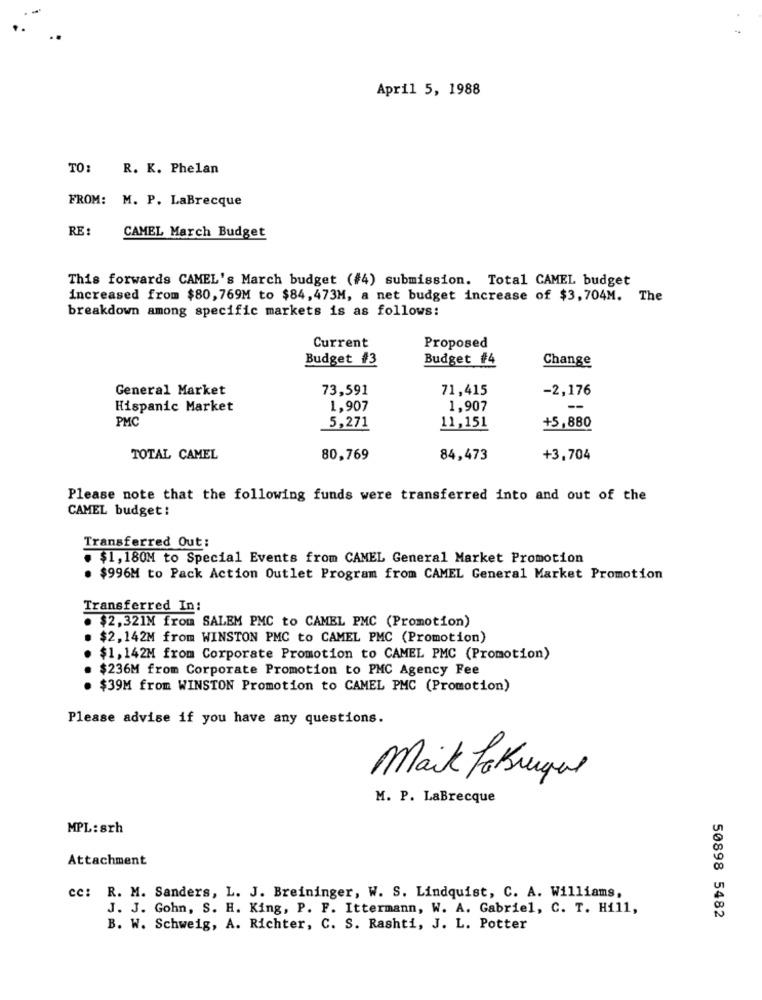
April 5, 1988
TO:
R. K. Phelan
FROM: M. P. LaBrecque
RE :
CAMEL March Budget
This forwards CAMEL's March budget (#4) submission. Total CAMEL budget
increased from $80,769M to $84, 473M, a net budget increase of $3,704M. The
breakdown among specific markets is as follows:
Current
Proposed
Budget #3
Budget #4
Change
General Market
73,591
71,415
-2,176
Hispanic Market
1,907
1,907
-
PMC
+5,880
5,271
11,151
TOTAL CAMEL
80,769
84,473
+3,704
Please note that the following funds were transferred into and out of the
CAMEL budget :
Transferred Out:
. $1,180M to Special Events from CAMEL General Market Promotion
. $996M to Pack Action Outlet Program from CAMEL General Market Promotion
Transferred In:
. $2,321M from SALEM PMC to CAMEL PMC (Promotion)
$2,142M from WINSTON PMC to CAMEL PMC (Promotion)
$1,142M from Corporate Promotion to CAMEL PMC (Promotion)
...
$236M from Corporate Promotion to PMC Agency Fee
$39M from WINSTON Promotion to CAMEL PMC (Promotion)
Please advise if you have any questions.
Maik Pakruque
M. P. LaBrecque
MPL: 8Th
Attachment
cc: R. M. Sanders, L. J. Breininger, W. S. Lindquist, C. A. Williams,
J. J. Gohn, S. H. King, P. F. Ittermann, W. A. Gabriel, C. T. Hi11,
50898 5482
B. W. Schweig, A. Richter, C. S. Rashti, J. L. Potter